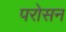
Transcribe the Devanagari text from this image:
परोसन